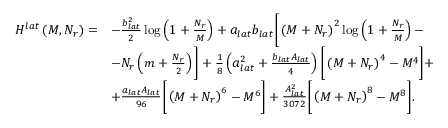
\begin{array} { r l } { H ^ { l a t } \left( M , N _ { r } \right) = } & { - \frac { b _ { l a t } ^ { 2 } } { 2 } \log \left( 1 + \frac { N _ { r } } { M } \right) + a _ { l a t } b _ { l a t } \bigg [ \left( M + N _ { r } \right) ^ { 2 } \log \left( 1 + \frac { N _ { r } } { M } \right) - } \\ & { - N _ { r } \left( m + \frac { N _ { r } } { 2 } \right) \bigg ] + \frac { 1 } { 8 } \left( a _ { l a t } ^ { 2 } + \frac { b _ { l a t } A _ { l a t } } { 4 } \right) \bigg [ \left( M + N _ { r } \right) ^ { 4 } - M ^ { 4 } \bigg ] + } \\ & { + \frac { a _ { l a t } A _ { l a t } } { 9 6 } \bigg [ \left( M + N _ { r } \right) ^ { 6 } - M ^ { 6 } \bigg ] + \frac { A _ { l a t } ^ { 2 } } { 3 0 7 2 } \bigg [ \left( M + N _ { r } \right) ^ { 8 } - M ^ { 8 } \bigg ] . } \end{array}